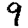
Digit: 9